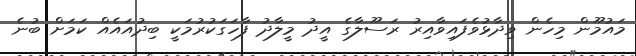
މައުމޫން މިހެން ވިދާޅުވެފައިވާއިރު ރަސޫލާގެ އީދު މީލާދު ފާހަގަކުރުމަކީ ބިދުއައެއް ކަމަށް ބުނެ